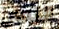
انتمي